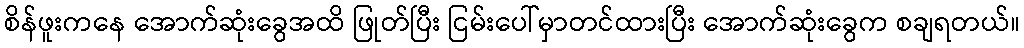
စိန်ဖူးကနေ အောက်ဆုံးခွေအထိ ဖြုတ်ပြီး ငြမ်းပေါ်မှာတင်ထားပြီး အောက်ဆုံးခွေက စချရတယ်။